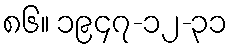
၈၆။ ၁၉၄၇-၁၂-၃၁